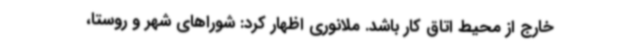
خارج از محیط اتاق کار باشد. ملانوری اظهار کرد: شوراهای شهر و روستا،